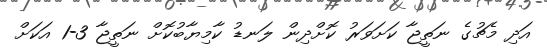
އަދި މެޗުގެ ނަތީޖާ ކަށަވަރު ކޮށްދިން ލަނޑު ކާމިޔާބުކޮށް ނަތީޖާ 3-1 އަކަށް